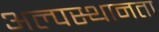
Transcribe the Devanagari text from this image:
अल्पस्थानता